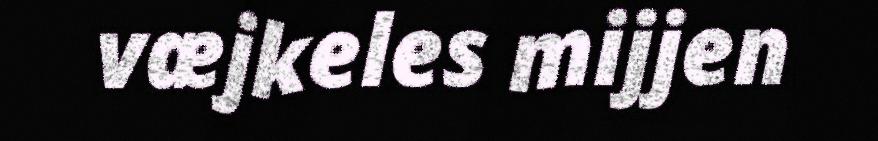
væjkeles mijjen